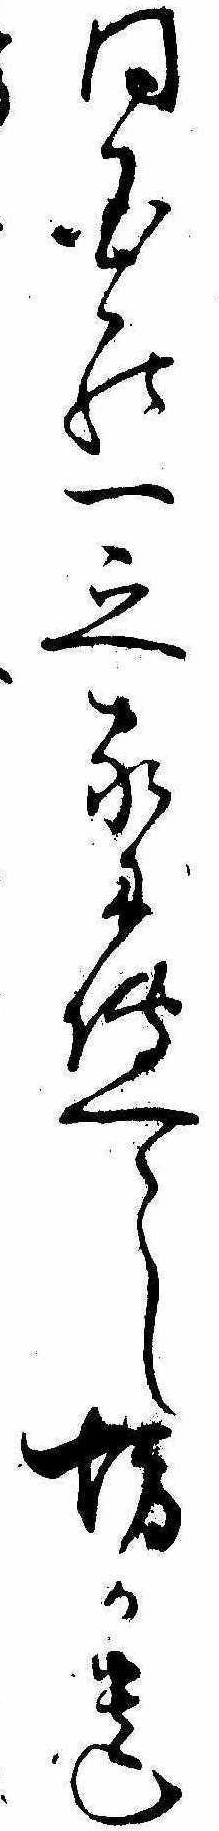
同国の一之家に伝へし坊か遺